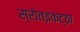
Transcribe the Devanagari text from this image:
स्रोतइकट्ठा